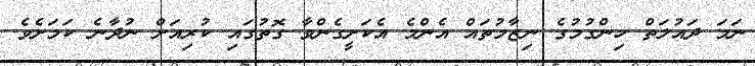
ނަމަ ދައުލަތް ހިންގުމުގެ ނިޒާމުތައް އެންމެ އެކަށީގެންވާ ގޮތުގައި ކުރިއަށް ނުދާނެ ކަމަށެވެ.